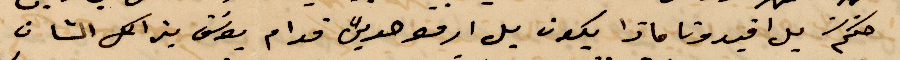
حكم بل اقيدونا ماذا يكون بل أمور حدين قدام يوسف بذللك الشأن